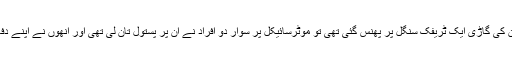
ریمنڈ ڈیوس کا موقف ہے کہ جب اُن کی گاڑی ایک ٹریفک سنگل پر پھنس گئی تھی تو موٹرسائیکل پر سوار دو افراد نے اُن پر پستول تان لی تھی اور اُنھوں نے اپنے دفاع میں اُن افراد پر گولی چلائی تھی۔